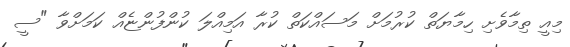
މިއީ ތިމާވެށި ހިމާޔަތް ކުރުމަށް މަސައްކަތް ކުރާ އަމިއްލަ ކުންފުންޏެއް ކަމަށްވާ "ސީ